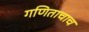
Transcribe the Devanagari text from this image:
गणिताचाच